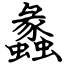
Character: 蠡